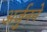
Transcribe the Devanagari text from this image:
अर्जुनने